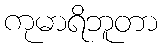
ကုမာရိဘူတာ